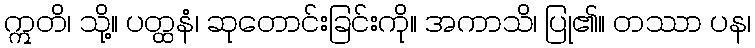
ဣတိ၊ သို့။ ပတ္ထနံ၊ ဆုတောင်းခြင်းကို။ အကာသိ၊ ပြု၏။ တဿာ ပန၊